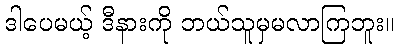
ဒါပေမယ့် ဒီနားကို ဘယ်သူမှမလာကြဘူး။